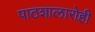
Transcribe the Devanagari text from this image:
पाठशालारोही